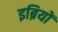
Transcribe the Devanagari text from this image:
इब्रियों